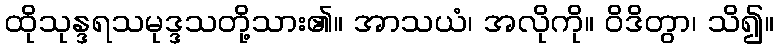
ထိုသုန္ဒရသမုဒ္ဒသတို့သား၏။ အာသယံ၊ အလိုကို။ ဝိဒိတွာ၊ သိ၍။